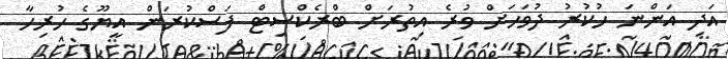
އަދި އަންނަ ހުކުރު ދުވަހަށް ވުރެ އިތުރަށް ބްރެކްސިޓް ފަސްކުރަން އީޔޫގެ ހުރިހާ